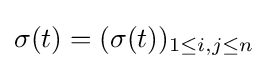
\sigma (t)=(\sigma (t))_{1\leq i,j\leq n}